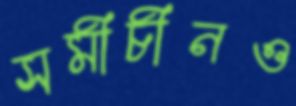
সমীচীনও